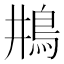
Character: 𩾺